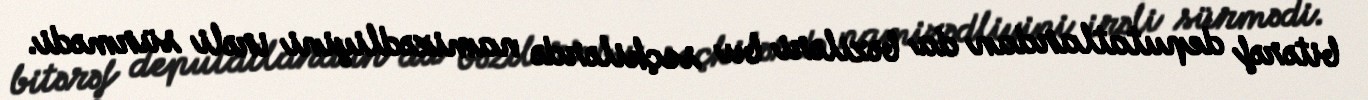
bitərəf deputatlardan da bəziləri bu seçkilərdə namizədliyini irəli sürmədi.